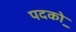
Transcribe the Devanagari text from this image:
पदको़